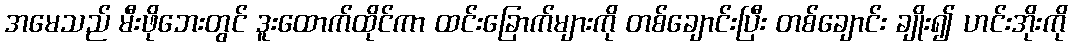
အမေသည် မီးဖိုဘေးတွင် ဒူးထောက်ထိုင်ကာ ထင်းခြောက်များကို တစ်ချောင်းပြီး တစ်ချောင်း ချိုး၍ ဟင်းအိုးကို